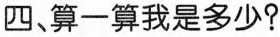
四、算一算我是多少？